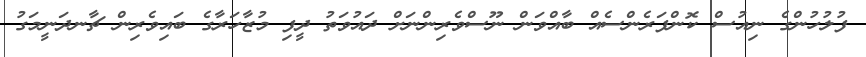
ފުލުހުންގެ ނިއުސް ކޮންފަރެންސެއް ބާއްވަން ނޫސްވެރިންނަށް ދައުވަތު ދީފި މުޒާހަރާގެ ބައިވެރިން ޗާނދަނީމަގު